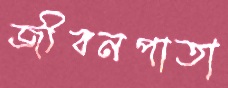
জীবনপাতা